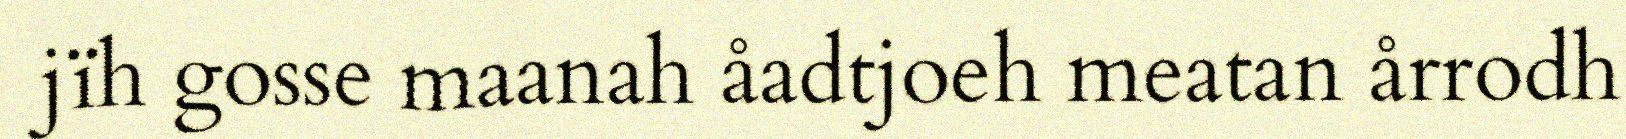
jïh gosse maanah åadtjoeh meatan årrodh